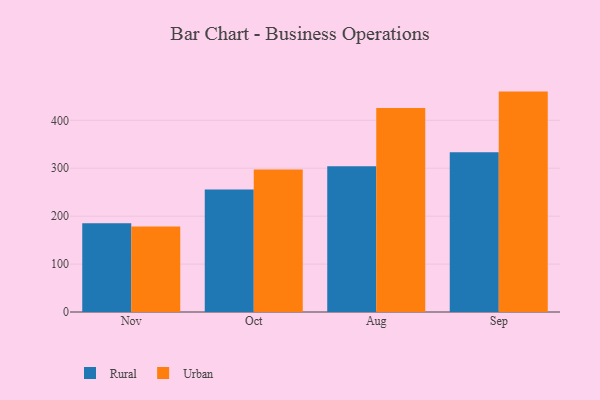
{"axis": {"x": "Month", "y": "Temperature (°C)"}, "legend": ["Rural", "Urban"], "data": [{"x": "Nov", "y": 185.1, "type": "Rural"}, {"x": "Nov", "y": 178.4, "type": "Urban"}, {"x": "Oct", "y": 255.5, "type": "Rural"}, {"x": "Oct", "y": 297.4, "type": "Urban"}, {"x": "Aug", "y": 303.9, "type": "Rural"}, {"x": "Aug", "y": 425.8, "type": "Urban"}, {"x": "Sep", "y": 333.5, "type": "Rural"}, {"x": "Sep", "y": 459.9, "type": "Urban"}]}